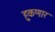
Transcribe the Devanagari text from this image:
हुकणार